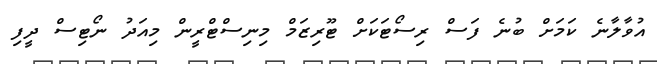
އުވާލާނެ ކަމަށް ބުނެ ފަސް ރިސޯޓަކަށް ޓޫރިޒަމް މިނިސްޓްރީން މިއަދު ނޯޓިސް ދީފި